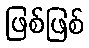
ဖြစ်ဖြစ်